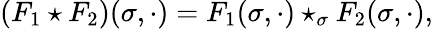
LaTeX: (F_{1}\star F_{2})(\sigma,\cdot)=F_{1}(\sigma,\cdot)\star_{\sigma}F_{2}(\sigma,\cdot),